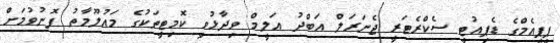
ޕީޕީއެމްގެ ޑެޕިއުޓީ ސެކްރެޓަރީ ޖެނަރަލް އަބްދު އަލީމް ވިދާޅުވީ ކޮމިޓީތަކުގެ މައުލޫމާތު ފޮނުވުމަށް